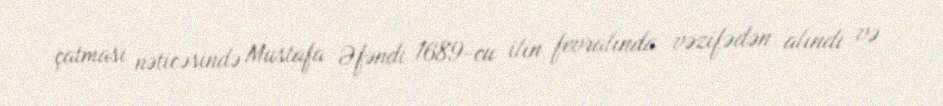
çatması nəticəsində Mustafa Əfəndi 1689-cu ilin fevralında vəzifədən alındı və